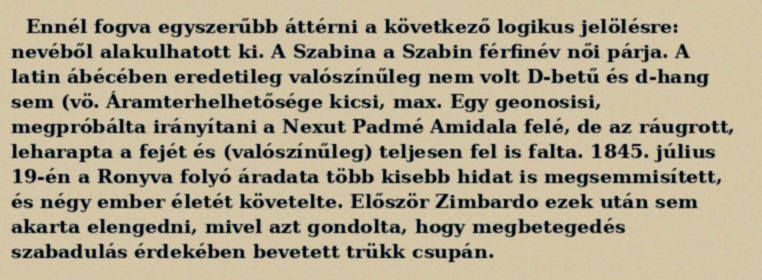
Ennél fogva egyszerűbb áttérni a következő logikus jelölésre: nevéből alakulhatott ki. A Szabina a Szabin férfinév női párja. A latin ábécében eredetileg valószínűleg nem volt D-betű és d-hang sem (vö. Áramterhelhetősége kicsi, max. Egy geonosisi, megpróbálta irányítani a Nexut Padmé Amidala felé, de az ráugrott, leharapta a fejét és (valószínűleg) teljesen fel is falta. 1845. július 19-én a Ronyva folyó áradata több kisebb hidat is megsemmisített, és négy ember életét követelte. Először Zimbardo ezek után sem akarta elengedni, mivel azt gondolta, hogy megbetegedés szabadulás érdekében bevetett trükk csupán.